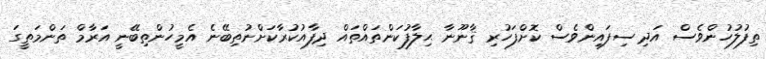
ތިފުލުހުންވެސް އަދި ސިފައިންވެސް ކޮށްފަހުރި ޤާނޫނާ ޙިލާފުކަންތައްތައް ދިފާއުކުރާކަށްނުތިބޭނެ އެމީހުންތިބޭނީ އަރާމް ތަންމަތީގަ